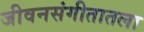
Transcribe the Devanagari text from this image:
जीवनसंगीतातला